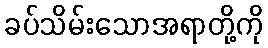
ခပ်သိမ်းသောအရာတို့ကို